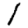
Digit: 1